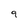
Character: 9